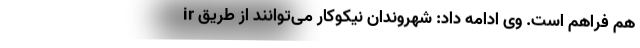
ir هم فراهم است. وی ادامه داد: شهروندان نیکوکار می‌توانند از طریق